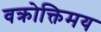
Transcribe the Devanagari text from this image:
वक्रोक्तिमय